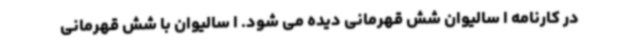
در کارنامه ا سالیوان شش قهرمانی دیده می شود. ا سالیوان با شش قهرمانی